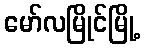
မော်လမြိုင်မြို့